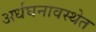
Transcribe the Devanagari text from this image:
अर्धघनावस्थेत